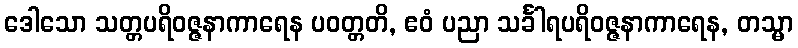
ဒေါသော သတ္တပရိဝဇ္ဇနာကာရေန ပဝတ္တတိ, ဧဝံ ပညာ သင်္ခါရပရိဝဇ္ဇနာကာရေန, တသ္မာ